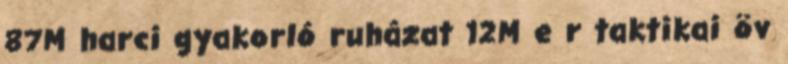
87M harci gyakorló ruházat 12M e r taktikai öv